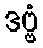
ဒဗ္ဗံ